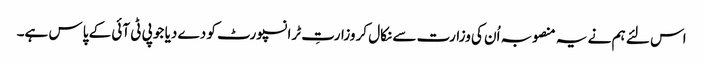
اس لئے ہم نے یہ منصوبہ اُن کی وزارت سے نکال کر وزارتِ ٹرانسپورٹ کو دے دیا جو پی ٹی آئی کے پاس ہے۔